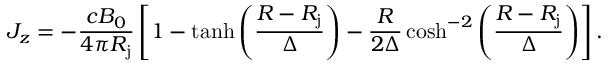
J _ { z } = - \frac { c B _ { 0 } } { 4 \pi R _ { \mathrm { j } } } \left[ 1 - \operatorname { t a n h } \left( \frac { R - R _ { \mathrm { j } } } { \Delta } \right) - \frac { R } { 2 \Delta } \cosh ^ { - 2 } \left( \frac { R - R _ { \mathrm { j } } } { \Delta } \right) \right] .